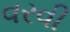
વરવી